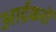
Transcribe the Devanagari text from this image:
आर्द्रकरों